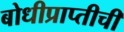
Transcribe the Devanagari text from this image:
बोधीप्राप्तीची